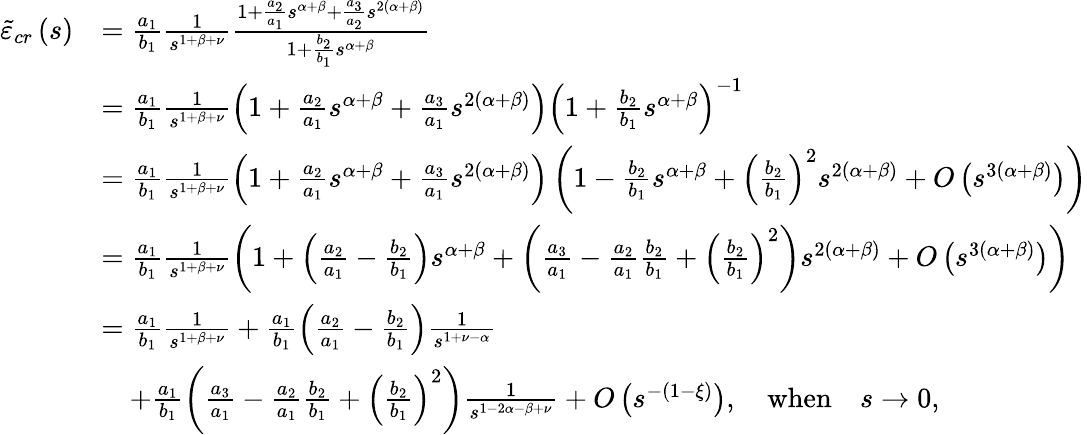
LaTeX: \begin{array}{rl}{\tilde{\varepsilon}_{cr}\left(s\right)}&{=\frac{a_{1}}{b_{1}}\frac{1}{s^{1+\beta+\nu}}\frac{1+\frac{a_{2}}{a_{1}}s^{\alpha+\beta}+\frac{a_{3}}{a_{2}}s^{2\left(\alpha+\beta\right)}}{1+\frac{b_{2}}{b_{1}}s^{\alpha+\beta}}}\\ &{=\frac{a_{1}}{b_{1}}\frac{1}{s^{1+\beta+\nu}}\left(1+\frac{a_{2}}{a_{1}}s^{\alpha+\beta}+\frac{a_{3}}{a_{1}}s^{2\left(\alpha+\beta\right)}\right)\left(1+\frac{b_{2}}{b_{1}}s^{\alpha+\beta}\right)^{-1}}\\ &{=\frac{a_{1}}{b_{1}}\frac{1}{s^{1+\beta+\nu}}\left(1+\frac{a_{2}}{a_{1}}s^{\alpha+\beta}+\frac{a_{3}}{a_{1}}s^{2\left(\alpha+\beta\right)}\right)\left(1-\frac{b_{2}}{b_{1}}s^{\alpha+\beta}+\left(\frac{b_{2}}{b_{1}}\right)^{2}s^{2\left(\alpha+\beta\right)}+O\left(s^{3\left(\alpha+\beta\right)}\right)\right)}\\ &{=\frac{a_{1}}{b_{1}}\frac{1}{s^{1+\beta+\nu}}\left(1+\left(\frac{a_{2}}{a_{1}}-\frac{b_{2}}{b_{1}}\right)s^{\alpha+\beta}+\left(\frac{a_{3}}{a_{1}}-\frac{a_{2}}{a_{1}}\frac{b_{2}}{b_{1}}+\left(\frac{b_{2}}{b_{1}}\right)^{2}\right)s^{2\left(\alpha+\beta\right)}+O\left(s^{3\left(\alpha+\beta\right)}\right)\right)}\\ &{=\frac{a_{1}}{b_{1}}\frac{1}{s^{1+\beta+\nu}}+\frac{a_{1}}{b_{1}}\left(\frac{a_{2}}{a_{1}}-\frac{b_{2}}{b_{1}}\right)\frac{1}{s^{1+\nu-\alpha}}}\\ &{\quad+\frac{a_{1}}{b_{1}}\left(\frac{a_{3}}{a_{1}}-\frac{a_{2}}{a_{1}}\frac{b_{2}}{b_{1}}+\left(\frac{b_{2}}{b_{1}}\right)^{2}\right)\frac{1}{s^{1-2\alpha-\beta+\nu}}+O\left(s^{-\left(1-\xi\right)}\right),\quad\mathrm{when}\quad s\rightarrow 0,}\end{array}